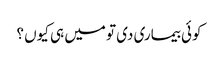
کوئی بیماری دی تو میں ہی کیوں ؟